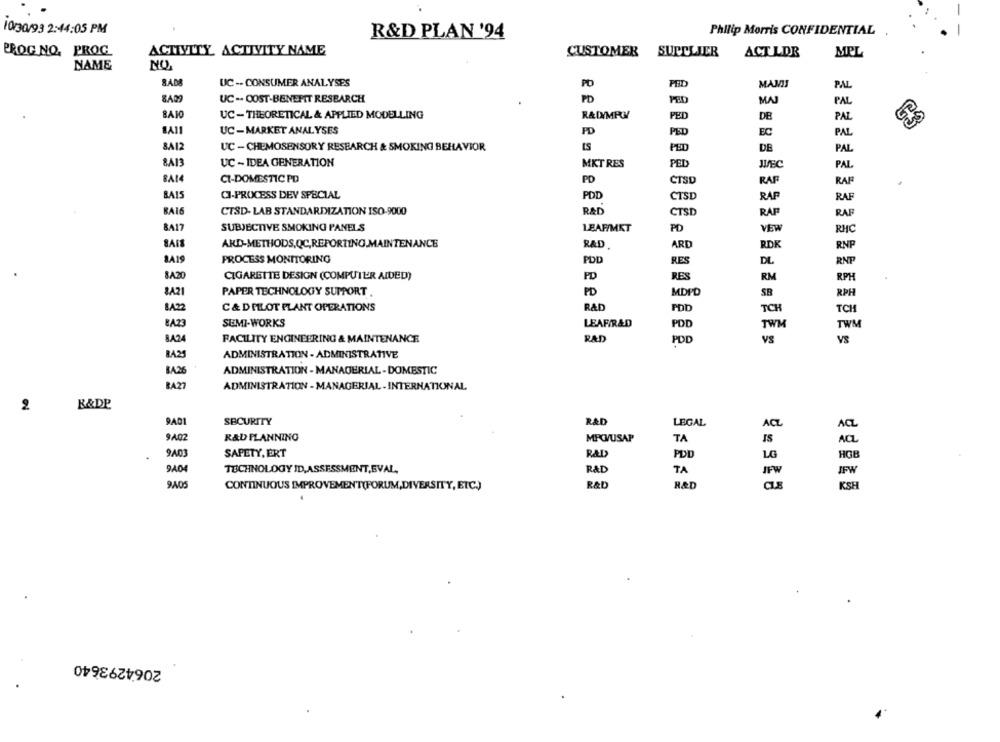
10/30/93 2:44:05 PM
R&D PLAN '94
Philip Morris CONFIDENTIAL
PROG NO. PROG
ACTIVITY ACTIVITY NAME
CUSTOMER SUPPLIER
ACT LDR
MPL
NAME
NO,
UC -- CONSUMER ANALYSES
PO
PED
MAMI
PAL
UC -- COST-BENEFIT RESEARCH
PD
PED
MAJ
PAL
BAIO
UC-THEORETICAL & APPLIED MODELLING
RADIMPOY
PED
DE
PAL
UC-MARKET ANALYSES
PD
PED
EC
PAL
8A12
UC - CHEMOSENSORY RESEARCH & SMOKING BEHAVIOR
tS
PED
DE
PAL
8A13
UC - IDEA GENERATION
MKT RES
PED
JEC
PAL
CI-DOMESTIC PD
CTSD
8A14
PD
RAF
RAF
BA15
CJ-PROCESS DEY SPECIAL
PDD
CTSD
RAF
RAF
BA16
CTSD- LAB STANDARDIZATION ISO-9000
RAD
CTSD
RAP
RAF
8417
SUBJECTIVE SMOKING PANELS
LEAF/MET
PD
VEW
RHC
AND-METHODS,QC,REPORTING.MAINTENANCE
ARD
RAD
RDK
RNP
SA19
PROCESS MONITORING
POD
RES
DL
RNP
8A20
PD
CIGARETTE DESIGN (COMPUTER AIDED)
RES
RM
RPH
8A21
PAPER TECHNOLOGY SUPPORT
PD
MDPD
SB
RPH
8422
C& DPILOT PLANT OPERATIONS
R&D
POD
TCH
TCH
8A23
SEMI-WORKS
LEAF/R&D
PDD
TWH
TWM
8.A24
FACILITY ENGINEERING & MAINTENANCE
RAD
POD
VS
BA25
ADMINISTRATION - ADMINISTRATIVE
BASE
ADMINISTRATION - MANAGERIAL - DOMESTIC
BA27
ADMINISTRATION - MANAGERIAL-INTERNATIONAL
2
B&DP
9A01
SECURITY
R&D
LEGAL
ACE
ACZ
9402
R&D PLANNING
MPCVUSAP
TA
IS
ACL
9403
SAFETY, ERT
RAD
PDD
LG
HGB
RAD
TECHNOLOGY ID,ASSESSMENT,EVAL,
TA
JFW
9A05
CONTINUOUS IMPROVEMENT(FORUM,DIVERSITY, ETC.)
R&D
R&D
KSH
2064293640